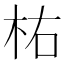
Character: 𣐞